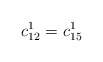
\begin{align*}c_{12}^1=c_{15}^1\end{align*}